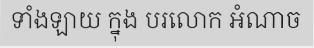
ទាំងឡាយ ក្នុង បរលោក អំណាច